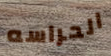
الحراسه